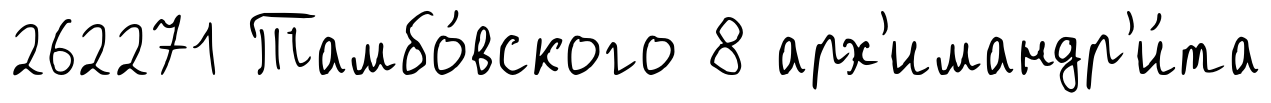
262271 Тамбо́вского 8 арх'имандр'и́та